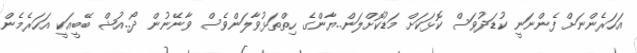
އަހަރެންނަށް ފެންނަނީ ކުޑަދުވަސް ކޮޅަކަށް މަޑުކޮށްލަން..ޔާންގެ ހިތްތަޅުވާލަންވެސް ވާނޭނުން ދޯ..އުޝް ބޭބީއަކީ އަހަރެމެން